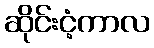
ဆိုင်းငံ့ကာလ